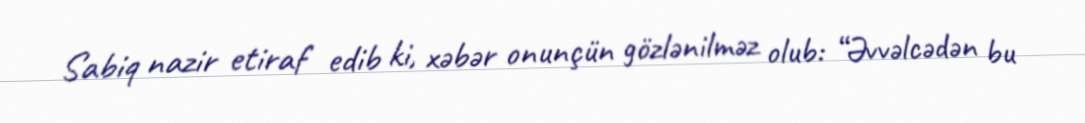
Sabiq nazir etiraf edib ki, xəbər onunçün gözlənilməz olub: “Əvvəlcədən bu